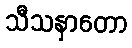
သီသနှာတော